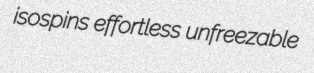
isospins effortless unfreezable